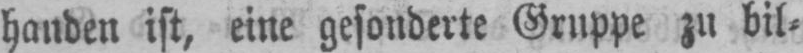
handen ist, eine gesonderte Gruppe zu bil⸗